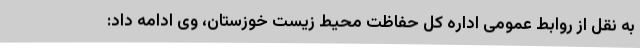
به نقل از روابط عمومی اداره کل حفاظت محیط زیست خوزستان، وی ادامه داد: